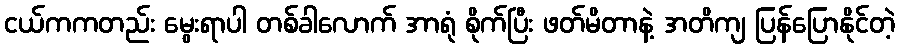
ငယ်ကကတည်း မွေးရာပါ တစ်ခါလောက် အာရုံ စိုက်ပြီး ဖတ်မိတာနဲ့ အတိကျ ပြန်ပြောနိုင်တဲ့